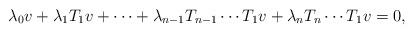
LaTeX: \begin{align*}\lambda_{0}v+\lambda_{1}T_1{v}+\dots+\lambda_{n-1}T_{n-1}\cdots T_{1}v+\lambda_{n}T_{n}\cdots T_{1}v=0,\end{align*}